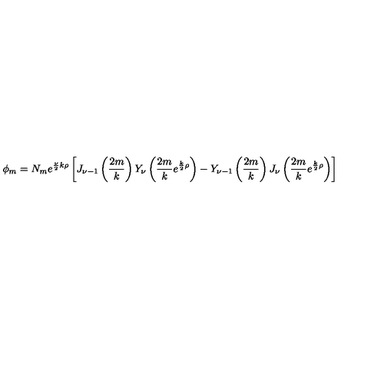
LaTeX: \phi _ { m } = N _ { m } e ^ { { \frac { \nu } { 2 } } k \rho } \left[ J _ { \nu - 1 } \left( { \frac { 2 m } { k } } \right) Y _ { \nu } \left( { \frac { 2 m } { k } } e ^ { { \frac { k } { 2 } } \rho } \right) - Y _ { \nu - 1 } \left( { \frac { 2 m } { k } } \right) J _ { \nu } \left( { \frac { 2 m } { k } } e ^ { { \frac { k } { 2 } } \rho } \right) \right]